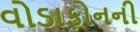
વોડાફોનની